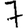
Digit: 7